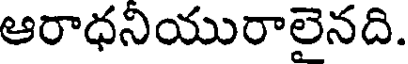
ఆరాధనియురాలైనది.